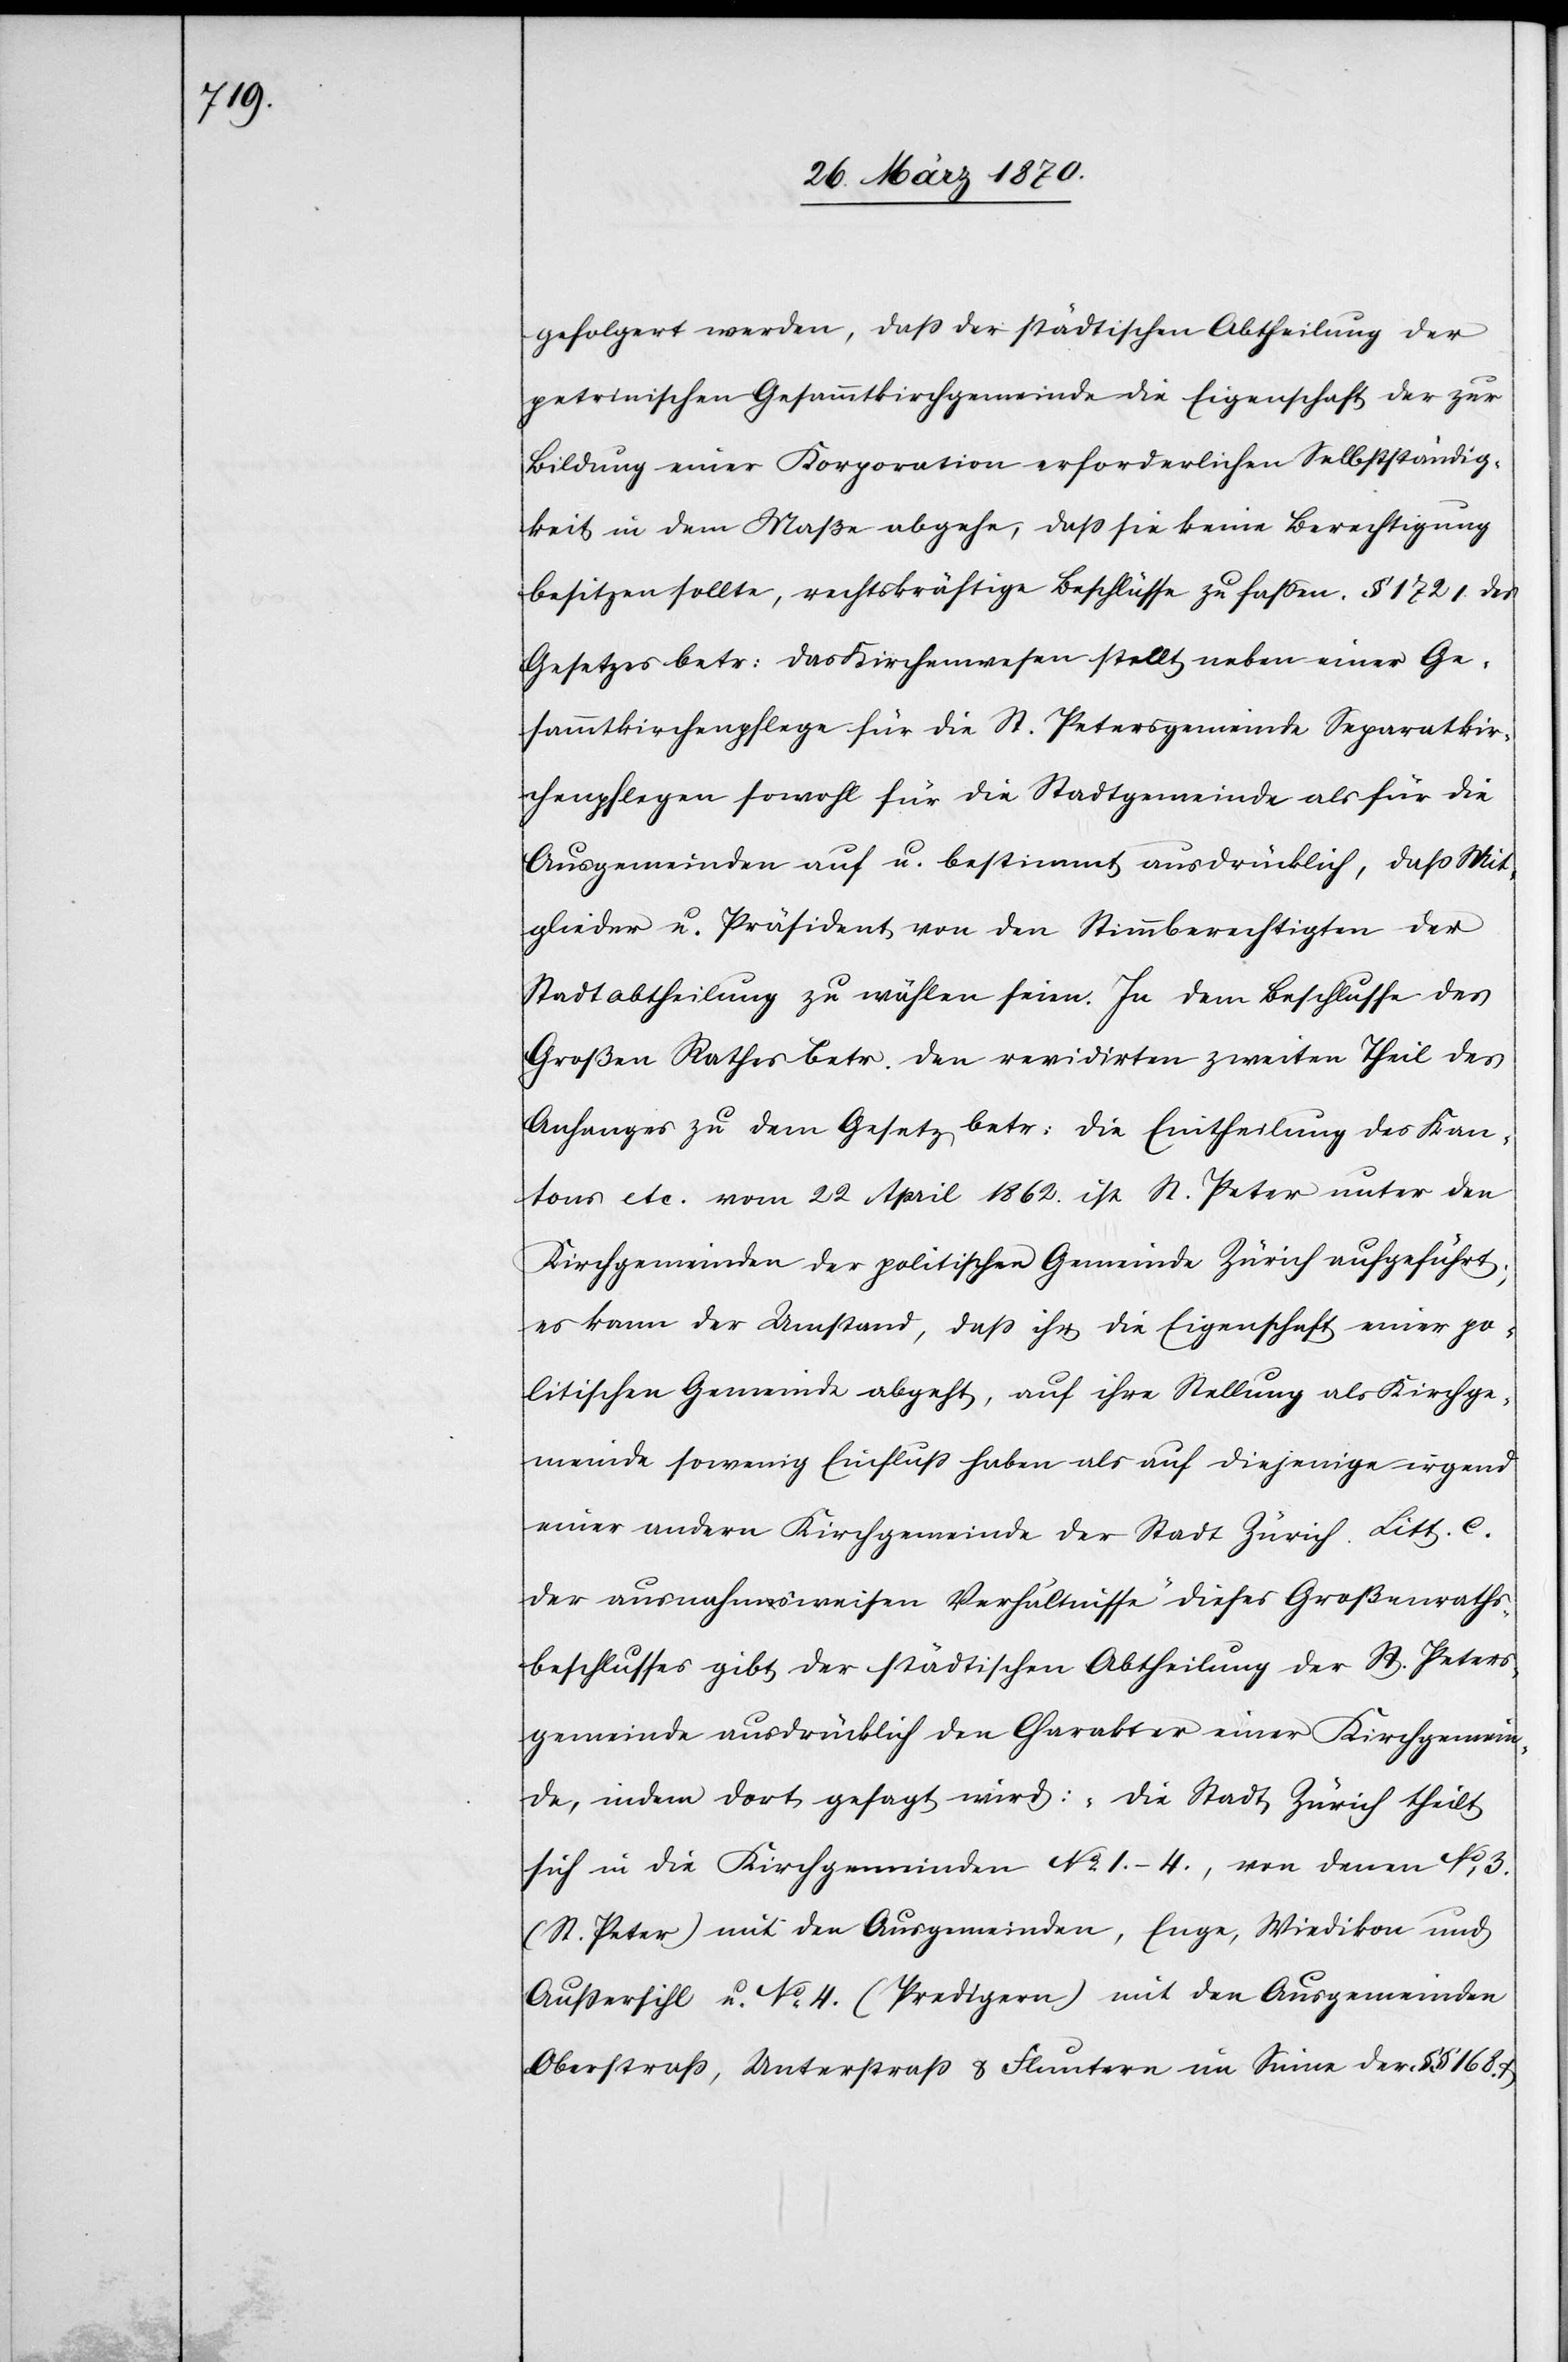
gefolgert werden, daß der städtischen Abtheilung der
petrinischen Gesammtkirchgemeinde die Eigenschaft der zur
Bildung einer Korporation erforderlichen Selbstständig¬
keit in dem Maße abgehe, daß sie keine Berechtigung
besitzen sollte, rechtskräftige Beschlüsse zu fassen. § 172 1. des
Gesetzes betr: das Kirchenwesen stellt neben einer Ge¬
sammtkirchenpflege für die St. Petersgemeinde Separatkir¬
chenpflegen sowohl für die Stadtgemeinde als für die
Ausgemeinden auf u. bestimmt ausdrücklich, daß Mit¬
glieder u. Präsident von den Stimmberechtigten der
Stadtabtheilung zu wählen seien. In dem Beschlusse des
Großen Rathes betr. den revidirten zweiten Theil des
Anhanges zu dem Gesetz betr: die Eintheilung des Kan¬
tons etc. vom 22 April 1862. ist St. Peter unter den
Kirchgemeinden der politischen Gemeinde Zürich aufgeführt;
es kann der Umstand, daß ihr die Eigenschaft einer po¬
litischen Gemeinde abgeht, auf ihre Stellung als Kirchge¬
meinde so wenig Einfluß haben als auf diejenige ihrgend
einer andern Kirchgemeinde der Stadt Zürich. Litt. c.
der ausnahmsweisen Verhältnisse dieses Großenraths¬
beschlusses gibt der städtischen Abtheilung der St. Peters¬
gemeinde ausdrücklich den Charakter einer Kirchgemein¬
de, indem dort gesagt wird: „Die Stadt Zürich theilt
sich in die Kirchgemeinden No 1.–4., von denen No 3.
(St. Peter) mit den Ausgemeinden, Enge, Wiedikon und
Außersihl u. No 4. (Predigern) mit den Ausgmeinden
Oberstraß, Unterstraß & Fluntern im Sinne der §§ 168. &